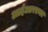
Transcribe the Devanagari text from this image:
आईआरएनए